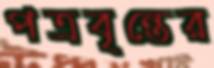
পত্রবৃন্তের